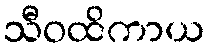
သီဝထိကာယ